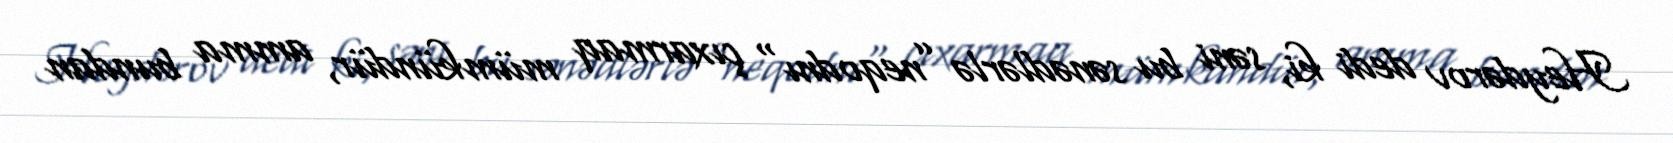
Heydərov dedi ki, səni bu sənədlərlə ”neqodnı" çıxarmaq mümkündür, amma bundan